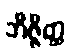
ဘိဇ္ဇိတ္ထ